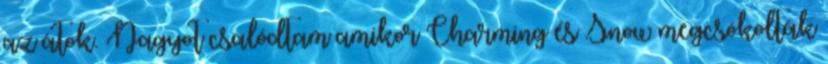
az átok. Nagyot csalódtam amikor Charming és Snow megcsókolták